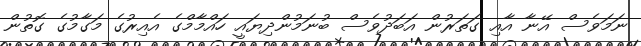
ނަމަވެސް އޭނާ އާއި ގަތަރުން އަބަދުވެސް ބުނަމުންދިޔައީ ހައްމާމްގެ އެއިރުގެ މަގާމުގެ ގޮތުން